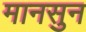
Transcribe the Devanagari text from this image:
मानसुन